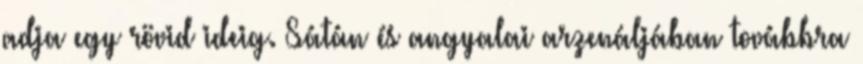
adja egy rövid ideig. Sátán és angyalai arzenáljában továbbra